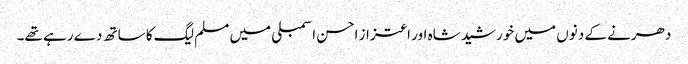
دھرنے کے دنوں میں خورشید شاہ اور اعتزاز احسن اسمبلی میں مسلم لیگ کا ساتھ دے رہے تھے۔